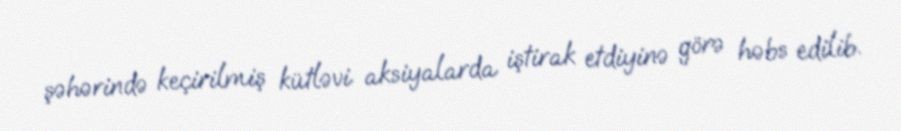
şəhərində keçirilmiş kütləvi aksiyalarda iştirak etdiyinə görə həbs edilib.